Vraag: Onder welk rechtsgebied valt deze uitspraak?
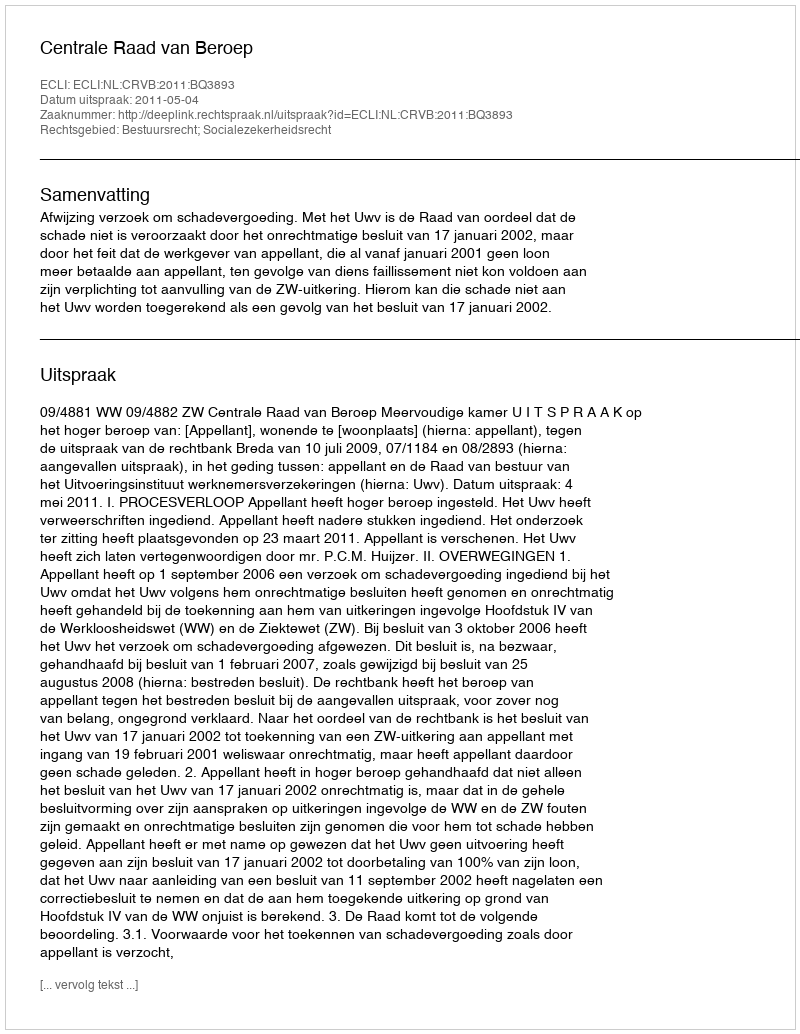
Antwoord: Bestuursrecht; Socialezekerheidsrecht